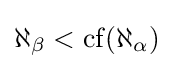
\aleph _{\beta }<\operatorname {cf} (\aleph _{\alpha })